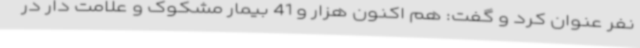
نفر عنوان کرد و گفت: هم اکنون هزار و 41 بیمار مشکوک و علامت دار در